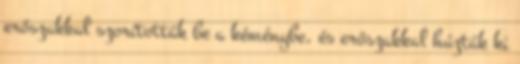
erőszakkal szorították be a kéménybe, és erőszakkal húzták ki